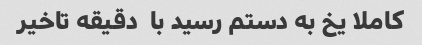
کاملا یخ به دستم رسید با  دقیقه تاخیر